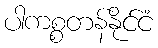
ပါကစ္စတန်နိုင်ငံ